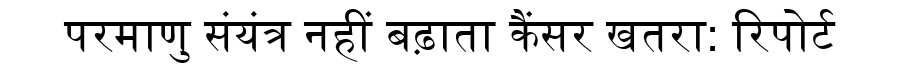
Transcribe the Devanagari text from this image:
परमाणु संयंत्र नहीं बढ़ाता कैंसर खतरा: रिपोर्ट